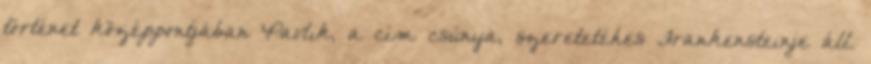
történet középpontjában Pavlik, a cím csúnya, szeretetéhes Frankensteinje áll.